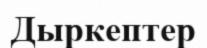
Дыркептер